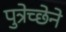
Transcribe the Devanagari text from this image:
पुत्रेच्छेने